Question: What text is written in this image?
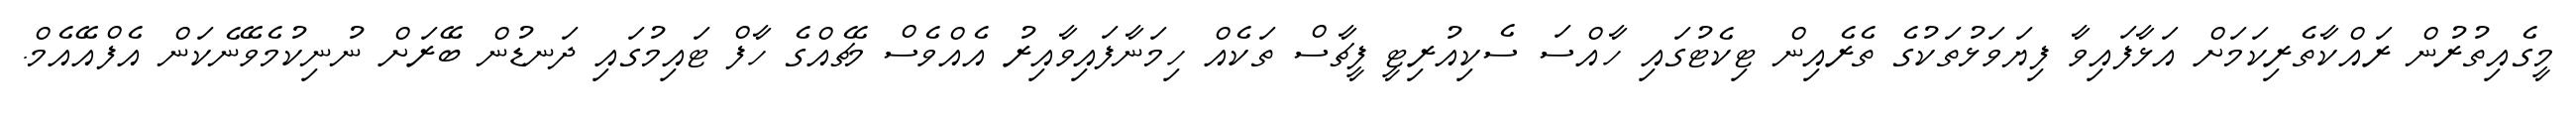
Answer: މީގެއިތުރުން ރައްކާތެރިކަމަށް އަޅާފައިވާ ފިޔަވަޅުތަކުގެ ތެރެއިން ޓިކެޓުގައި ހާއްސަ ސެކިއުރިޓީ ފީޗާސް ތަކެއް ހިމަނާފައިވާއިރު އެއްވެސް މެޗެއްގެ ހާފް ޓައިމުގައި ދަނޑުން ބޭރަށް ނުނިކުމެވޭނެކަން އެފްއޭއެމް.